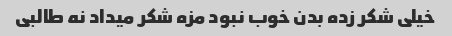
خیلی شکر زده بدن خوب نبود مزه شکر میداد نه طالبی